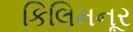
કિલિમનૂર